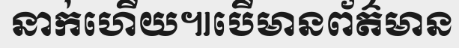
នាក់ហើយ៕បើមានព័ត៌មាន